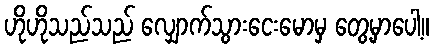
ဟိုဟိုသည်သည် လျှောက်သွားငေးမောမှ တွေ့မှာပေါ့။